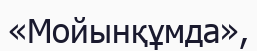
«Мойынқұмда»,